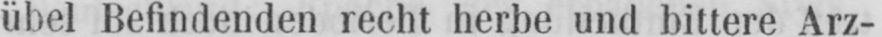
übel Befindenden recht herbe und bittere Arz-